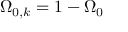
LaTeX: \Omega _ { 0 , k } = 1 - \Omega _ { 0 }